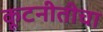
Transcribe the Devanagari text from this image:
कूटनीतीचा